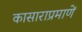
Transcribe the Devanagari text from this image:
कासाराप्रमाणें